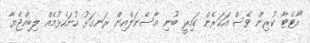
"އާޓެޓާ ކުރިން ވެސް އަހަރެން ކައިރީ ބުނި އާސެނަލްއިން ރަނގަޅު ހުށަހެޅުމެއް ލިބިއްޖެޔާ